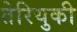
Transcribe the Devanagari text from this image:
तेरियुकी